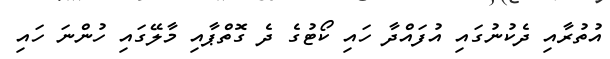
އުތުރާއި ދެކުނުގައި އުފައްދާ ހައި ކޯޓުގެ ދެ ގޮތްޕާއި މާލޭގައި ހުންނަ ހައި